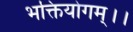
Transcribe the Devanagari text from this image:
भक्तियोगम्‌।।